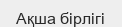
Ақша бірлігі